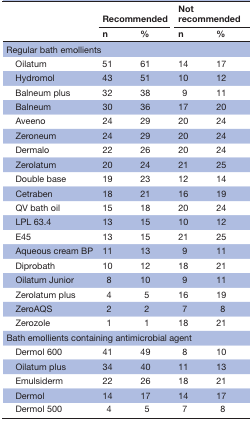
<table><thead><tr><td rowspan="2"></td><td colspan="2"><b>Recommended</b></td><td colspan="2"><b>Not recommended</b></td></tr><tr><td><b>n</b></td><td><b>%</b></td><td><b>n</b></td><td><b>%</b></td></tr></thead><tbody><tr><td colspan="5">Regular bath emollients</td></tr><tr><td> Oilatum</td><td>51</td><td>61</td><td>14</td><td>17</td></tr><tr><td> Hydromol</td><td>43</td><td>51</td><td>10</td><td>12</td></tr><tr><td> Balneum plus</td><td>32</td><td>38</td><td>9</td><td>11</td></tr><tr><td> Balneum</td><td>30</td><td>36</td><td>17</td><td>20</td></tr><tr><td> Aveeno</td><td>24</td><td>29</td><td>20</td><td>24</td></tr><tr><td> Zeroneum</td><td>24</td><td>29</td><td>20</td><td>24</td></tr><tr><td> Dermalo</td><td>22</td><td>26</td><td>20</td><td>24</td></tr><tr><td> Zerolatum</td><td>20</td><td>24</td><td>21</td><td>25</td></tr><tr><td> Double base</td><td>19</td><td>23</td><td>12</td><td>14</td></tr><tr><td> Cetraben</td><td>18</td><td>21</td><td>16</td><td>19</td></tr><tr><td> QV bath oil</td><td>15</td><td>18</td><td>20</td><td>24</td></tr><tr><td> LPL 63.4</td><td>13</td><td>15</td><td>10</td><td>12</td></tr><tr><td> E45</td><td>13</td><td>15</td><td>21</td><td>25</td></tr><tr><td> Aqueous cream BP</td><td>11</td><td>13</td><td>9</td><td>11</td></tr><tr><td> Diprobath</td><td>10</td><td>12</td><td>18</td><td>21</td></tr><tr><td> Oilatum Junior</td><td>8</td><td>10</td><td>9</td><td>11</td></tr><tr><td> Zerolatum plus</td><td>4</td><td>5</td><td>16</td><td>19</td></tr><tr><td> ZeroAQS</td><td>2</td><td>2</td><td>7</td><td>8</td></tr><tr><td> Zerozole</td><td>1</td><td>1</td><td>18</td><td>21</td></tr><tr><td colspan="5">Bath emollients containing antimicrobial agent</td></tr><tr><td> Dermol 600</td><td>41</td><td>49</td><td>8</td><td>10</td></tr><tr><td> Oilatum plus</td><td>34</td><td>40</td><td>11</td><td>13</td></tr><tr><td> Emulsiderm</td><td>22</td><td>26</td><td>18</td><td>21</td></tr><tr><td> Dermol</td><td>14</td><td>17</td><td>14</td><td>17</td></tr><tr><td> Dermol 500</td><td>4</td><td>5</td><td>7</td><td>8</td></tr></tbody></table>